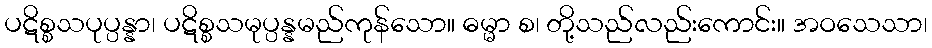
ပဋိစ္စသပုပ္ပန္နာ၊ ပဋိစ္စသမုပ္ပန္နမည်ကုန်သော။ ဓမ္မာ စ၊ တို့သည်လည်းကောင်း။ အဝသေသာ၊